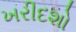
ખરીદશો